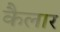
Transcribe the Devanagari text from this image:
कैलार